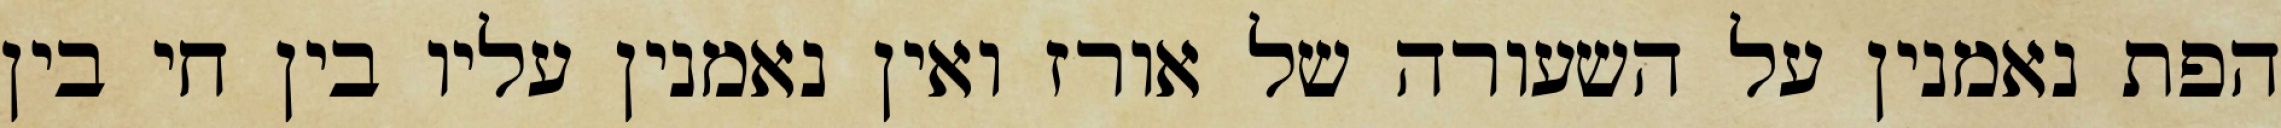
הפת נאמנין על השעורה של אורז ואין נאמנין עליו בין חי בין